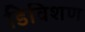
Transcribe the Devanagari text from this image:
डिविशण